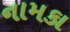
નામકા